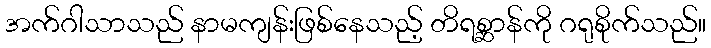
အက်ဂါသာသည် နာမကျန်းဖြစ်နေသည့် တိရစ္ဆာန်ကို ဂရုစိုက်သည်။